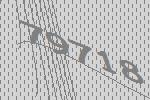
79718